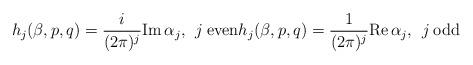
LaTeX: \begin{align*} h_j(\beta,p,q) = {i \over (2 \pi)^j }{\rm Im} \, \alpha_j, \: \: j \: {\rm even} h_j(\beta,p,q) = {1 \over (2 \pi)^j }{\rm Re} \, \alpha_j, \: \: j \: {\rm odd} \end{align*}